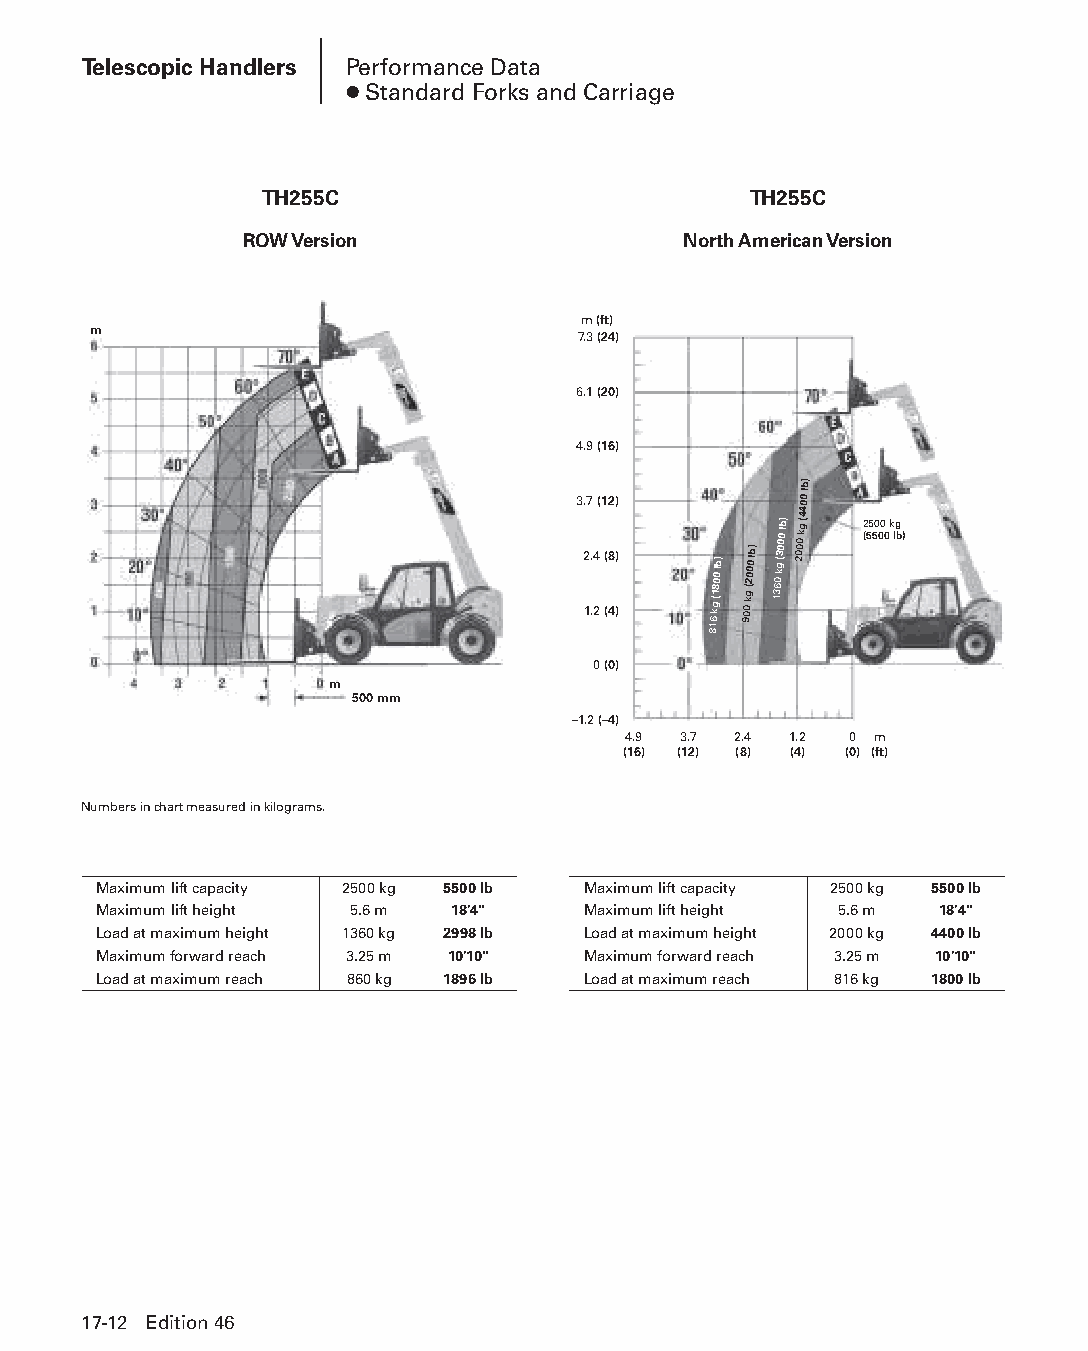
Telescopic Handlers Performance Data
 ● Standard Forks and Carriage
 TH255C                          TH255C
 ROW Version                   North American Version
 m (ft)
 m
 7.3 (24)
 6.1 (20)
 4.9 (16)
 b)
 3 2. 17
 ..
 2
 4( 1
 ( (8
 42
 )
 ))
 816
 kg
 (1800
 lb)
 900
 kg
 (2000
 lb)
 1360
 kg
 (3000
 lb)
 2000
 kg
 (4400 l
 2 (55 50 00
 0
 k lg
 b)
 0 (0)
 m
 500 mm
 –1.2 (–4)
 4.9 3.7 2.4 1.2 0 m
 (16) (12) (8) (4) (0) (ft)
 Numbers in chart measured in kilograms.
 Maximum lift capacity 2500 kg 5500 lb Maximum lift capacity 2500 kg 5500 lb
 Maximum lift height 5.6 m 18'4" Maximum lift height 5.6 m 18'4"
 Load at maximum height 1360 kg 2998 lb Load at maximum height 2000 kg 4400 lb
 Maximum forward reach 3.25 m 10'10" Maximum forward reach 3.25 m 10'10"
 Load at maximum reach 860 kg 1896 lb Load at maximum reach 816 kg 1800 lb
 17-12 Edition 46
 PPHHBB--SSeecc1177--1166..iinndddd 1122                        1122//44//1155 1100::5555 AAMM